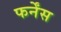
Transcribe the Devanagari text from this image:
फर्नेंस